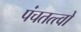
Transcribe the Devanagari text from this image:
पंचतत्त्वों